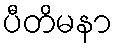
ပီတိမနာ